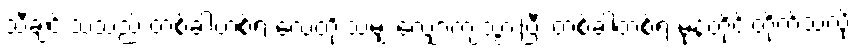
သီချင်းသံသည် တစ်ခါတစ်ရံ လေတိုးသံမျှ လျှော့ကျသွားပြီး တစ်ခါတစ်ရံ မုန်တိုင်းတိုက်သံလို